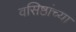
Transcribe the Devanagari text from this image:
वसिष्ठांच्या